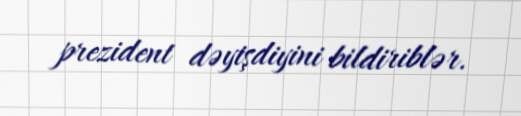
prezident dəyişdiyini bildiriblər.